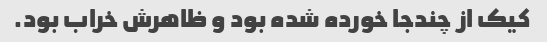
کیک از چندجا خورده شده بود و ظاهرش خراب بود.